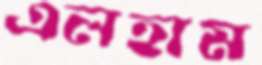
এলহাম